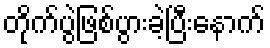
တိုက်ပွဲဖြစ်ပွားခဲ့ပြီးနောက်